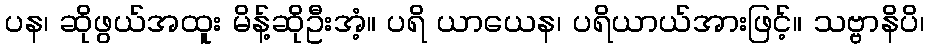
ပန၊ ဆိုဖွယ်အထူး မိန့်ဆိုဦးအံ့။ ပရိ ယာယေန၊ ပရိယာယ်အားဖြင့်။ သဗ္ဗာနိပိ၊